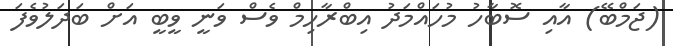
(ޖަމްބޭ) އާއި ސޮބާހު މުހައްމަދު އިބްރާހިމް ވެސް ވަނީ ވީބީ އަށް ބަދަލުވެފަ